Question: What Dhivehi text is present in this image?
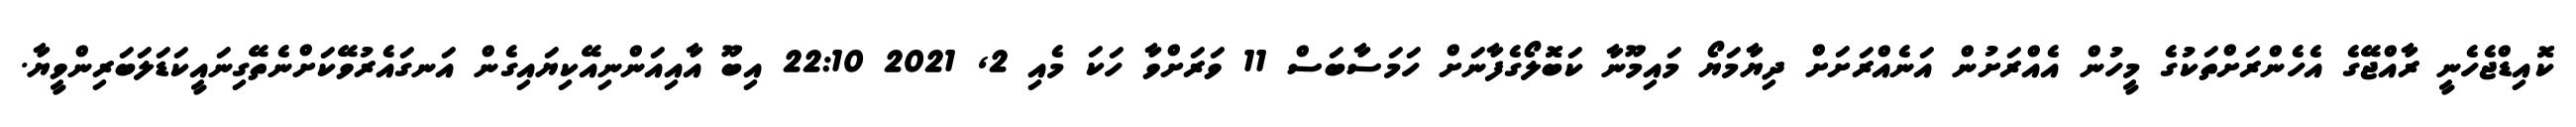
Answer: ކޮއިޑްޖެހެނީ ރާއްޖޭގެ އެހެންރަށްތަކުގެ މީހުން އެއްރަށުން އަނެއްރަށަށް ދިޔާމަޔޯ މައިމޫނާ ކަބޮލޯގެފާނަށް ހަމަސާބަސް 11 ވަރަށްވާ ހަކަ މެއި 2, 2021 22:10 އިބޫ އާއިއަންނިއޭކިޔައިގެން އަނގައެރުވޭކަށްނެތޭގިނައީކަޑަލަބަރިންވީޔާ.